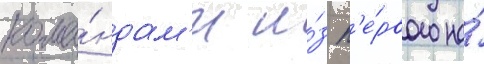
кома́ндам'и и́з п'е́рвого на́